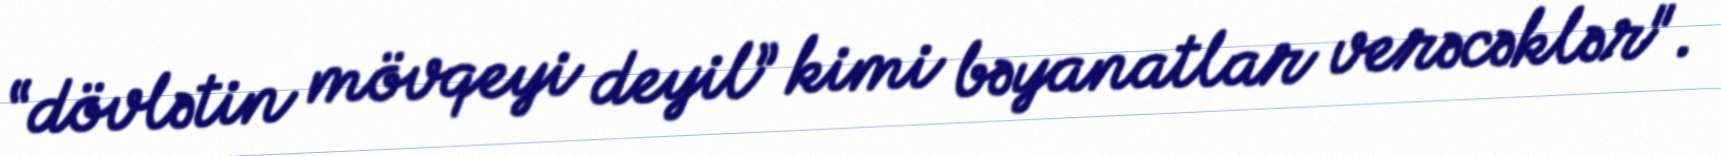
“dövlətin mövqeyi deyil” kimi bəyanatlar verəcəklər".